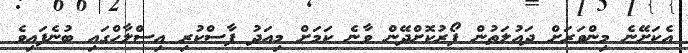
އެކަށޭނެ މިންވަރަށް ދައުލަތުން ފޯރުކޮށްދޭން ވާނެ ކަމަށް މިއަދު ފާސްކުރި އިސްލާހްގައި ބުނެފައިވެ